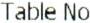
TABLE NO